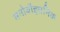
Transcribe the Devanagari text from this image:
मनोवौज्ञानिक